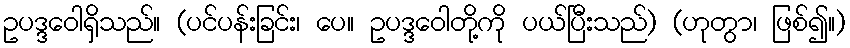
ဥပဒ္ဒဝေါရှိသည်။ (ပင်ပန်းခြင်း၊ ပေ။ ဥပဒ္ဒဝေါတို့ကို ပယ်ပြီးသည်) (ဟုတွာ၊ ဖြစ်၍။)